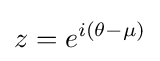
z=e^{i(\theta -\mu )}